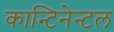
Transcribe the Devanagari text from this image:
कान्टिनेन्टल